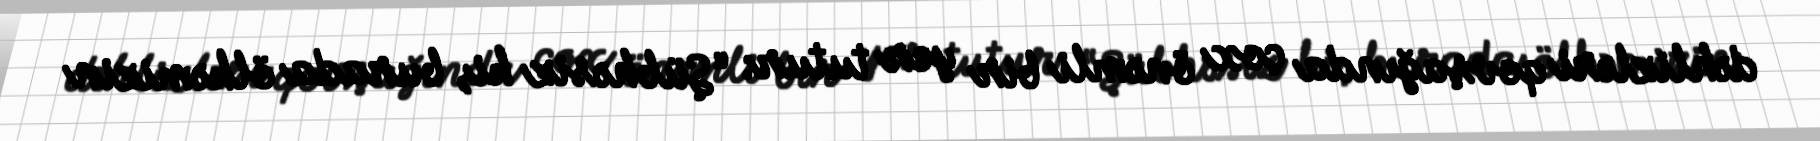
dəhlizləri qovşağında çox önəmli bir yer tutur: “Şübhəsiz ki, burada ölkəmizin